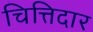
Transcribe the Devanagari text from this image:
चित्तिदार